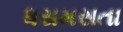
ધસમસતા